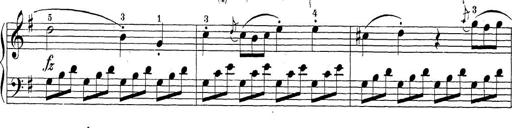
Title: Sonatina Album
Composer: Louis KÃ¶hler